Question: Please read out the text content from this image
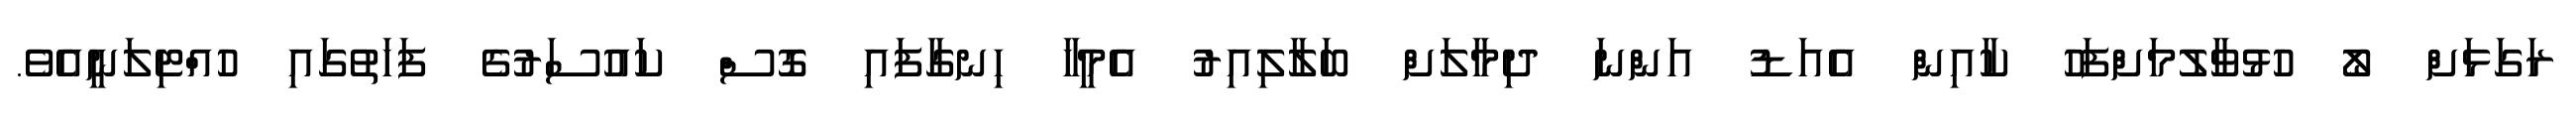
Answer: ރަގަޅަށް ލޯ ހުޅުވާލުމަށްފަހު ކާއިން އެއަޑު އަންނަ ދިމާލަށް ބަލާލިއިރު އެމީހާ ހިނގާފައި ގޮސް ކައުސަރުގެ ފަހަތުގައި ހުއްޓިލަނީއެވެ.